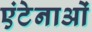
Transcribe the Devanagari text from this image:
एंटेनाओं